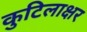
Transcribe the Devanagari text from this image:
कुटिलाक्षर